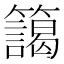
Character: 𮆻